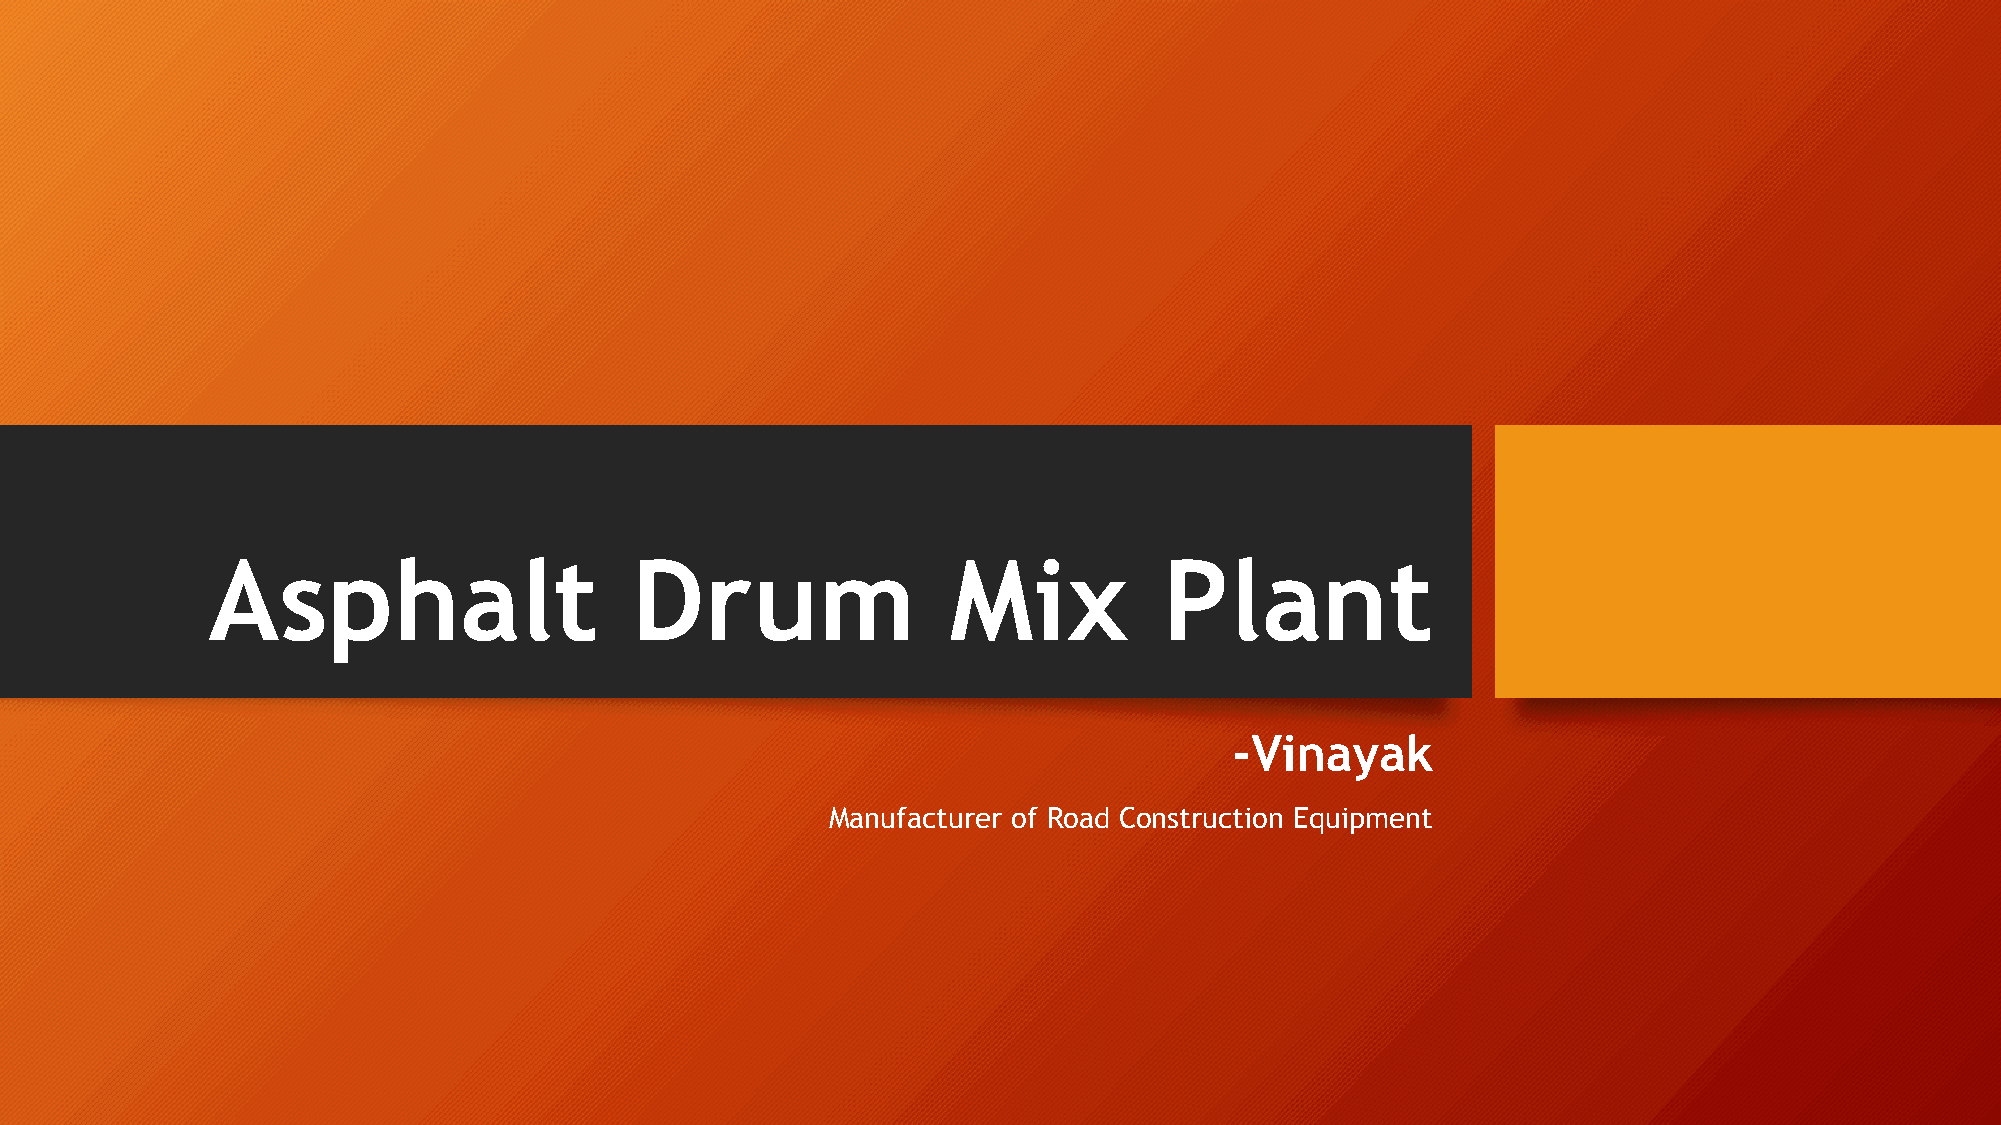
Asphalt                     Drum                 Mix           Plant
 -Vinayak
 Manufacturer of Road Construction Equipment